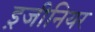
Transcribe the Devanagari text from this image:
इ़जीनियर